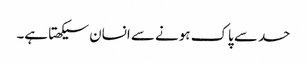
حسد سے پاک ہونے سے انسان سیکھتا ہے۔